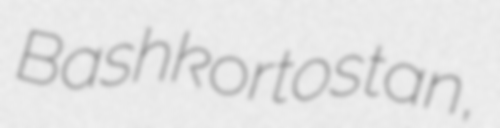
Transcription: Bashkortostan,